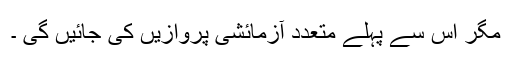
مگر اس سے پہلے متعدد آزمائشی پروازیں کی جائیں گی ۔